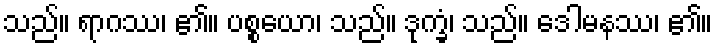
သည်။ ရာဂဿ၊ ၏။ ပစ္စယော၊ သည်။ ဒုက္ခံ၊ သည်။ ဒေါမနဿ၊ ၏။